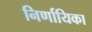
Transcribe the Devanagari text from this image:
निर्णायिका